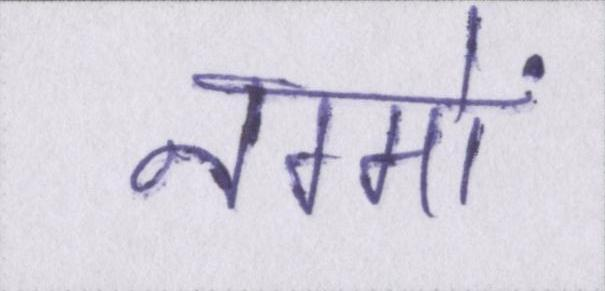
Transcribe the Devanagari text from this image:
नग्मों